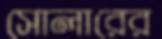
সোলারের